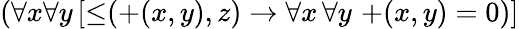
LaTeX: (\forall x\forall y\, [\mathop{\leq}(\mathop{+}(x,y),z)\to\forall x\, \forall y\, \mathop{+}(x,y)=0)]